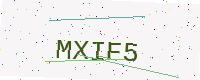
Text: MXIF5